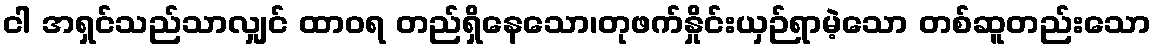
ငါ အရှင်သည်သာလျှင် ထာဝရ တည်ရှိနေသော၊တုဖက်နှိုင်းယှဉ်ရာမဲ့သော တစ်ဆူတည်းသော